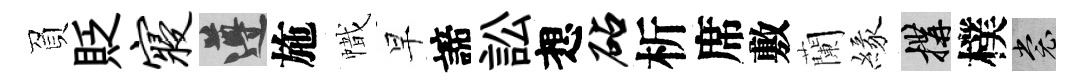
負貶寝遵施幟早諦訟想砧析席敷蘭緣構樸裳